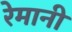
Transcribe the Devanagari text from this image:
रेमानी